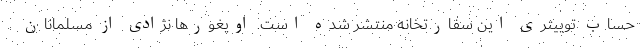
حساب توییتری این سفارتخانه منتشر شده است. اویغورها نژادی از مسلمانان